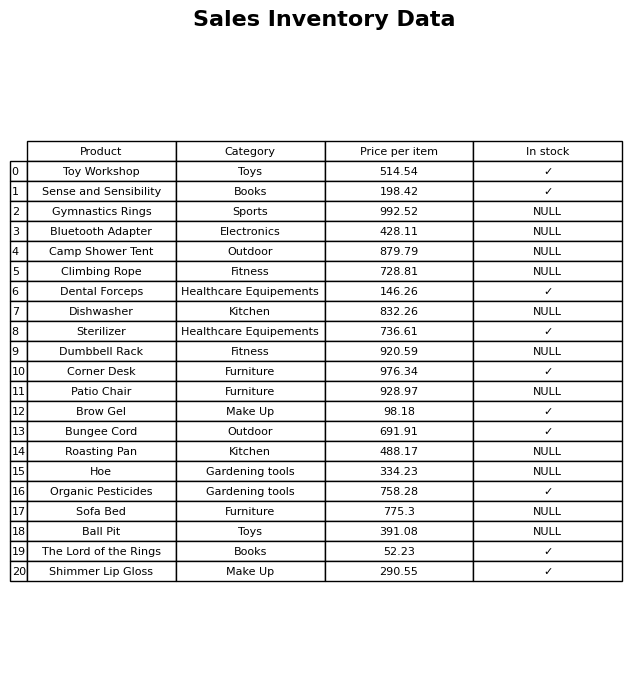
question: What is the price for Brow Gel?
answer: The price of Brow Gel is 98.18.